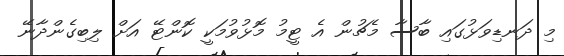
މި ދަނޑިވަޅުގައި ބާސާ މެޗުން އެ ޓީމު މޮޅުވުމަކީ ކޮންޓޭ އަށް ލިބިގެންދާނޭ